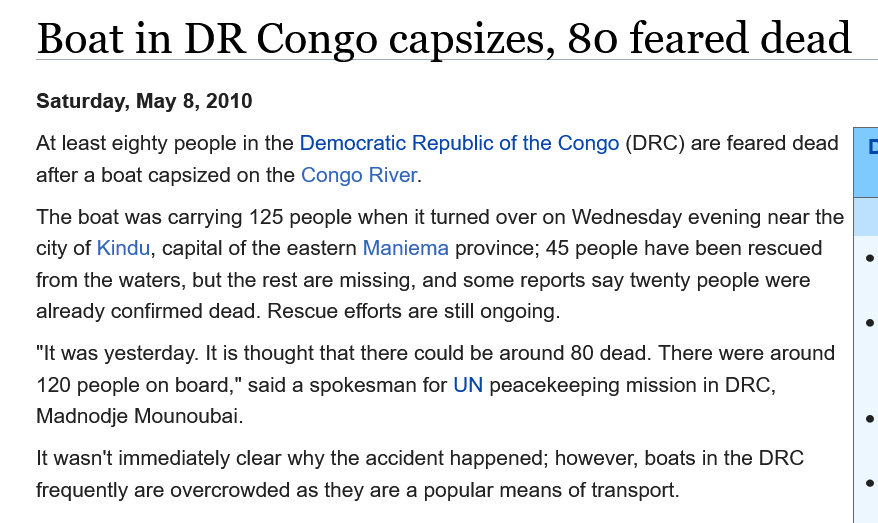
Boat    in  DR    Congo    capsizes,    80    feared    dead
    At least eighty people in the Democratic Republic of the Congo (DRC) are feared dead
    after a boat capsized on the Congo River.
    “It was yesterday. It is thought that there could be around 80 dead. There were around
    120 people on board," said a spokesman for UN peacekeeping mission in DRC,
    Madnodje Mounoubai.
    It wasn't immediately clear why the accident happened; however, boats in the DRC
    frequently are overcrowded as they are a popular means of transport.
    Saturday, May 8, 2010
    The boat was carrying 125 people when it turned over on Wednesday evening near the
    city of Kindu, capital of the eastern Maniema province; 45 people have been rescued
    from the waters, but the rest are missing, and some reports say twenty people were
    already confirmed dead. Rescue efforts are still ongoing.